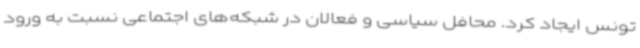
تونس ایجاد کرد. محافل سیاسی و فعالان در شبکه‌های اجتماعی نسبت به ورود